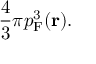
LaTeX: { \frac { 4 } { 3 } } \pi p _ { \mathrm { F } } ^ { 3 } ( \mathbf { r } ) .